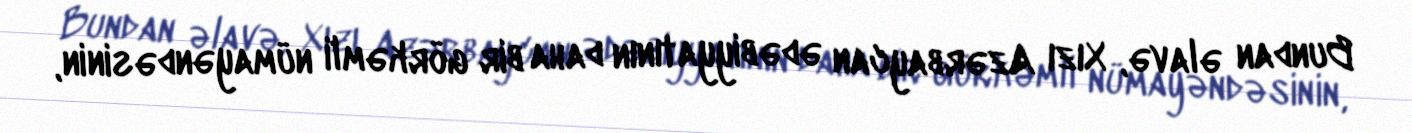
Bundan əlavə, Xızı Azərbaycan ədəbiyyatının daha bir görkəmli nümayəndəsinin,